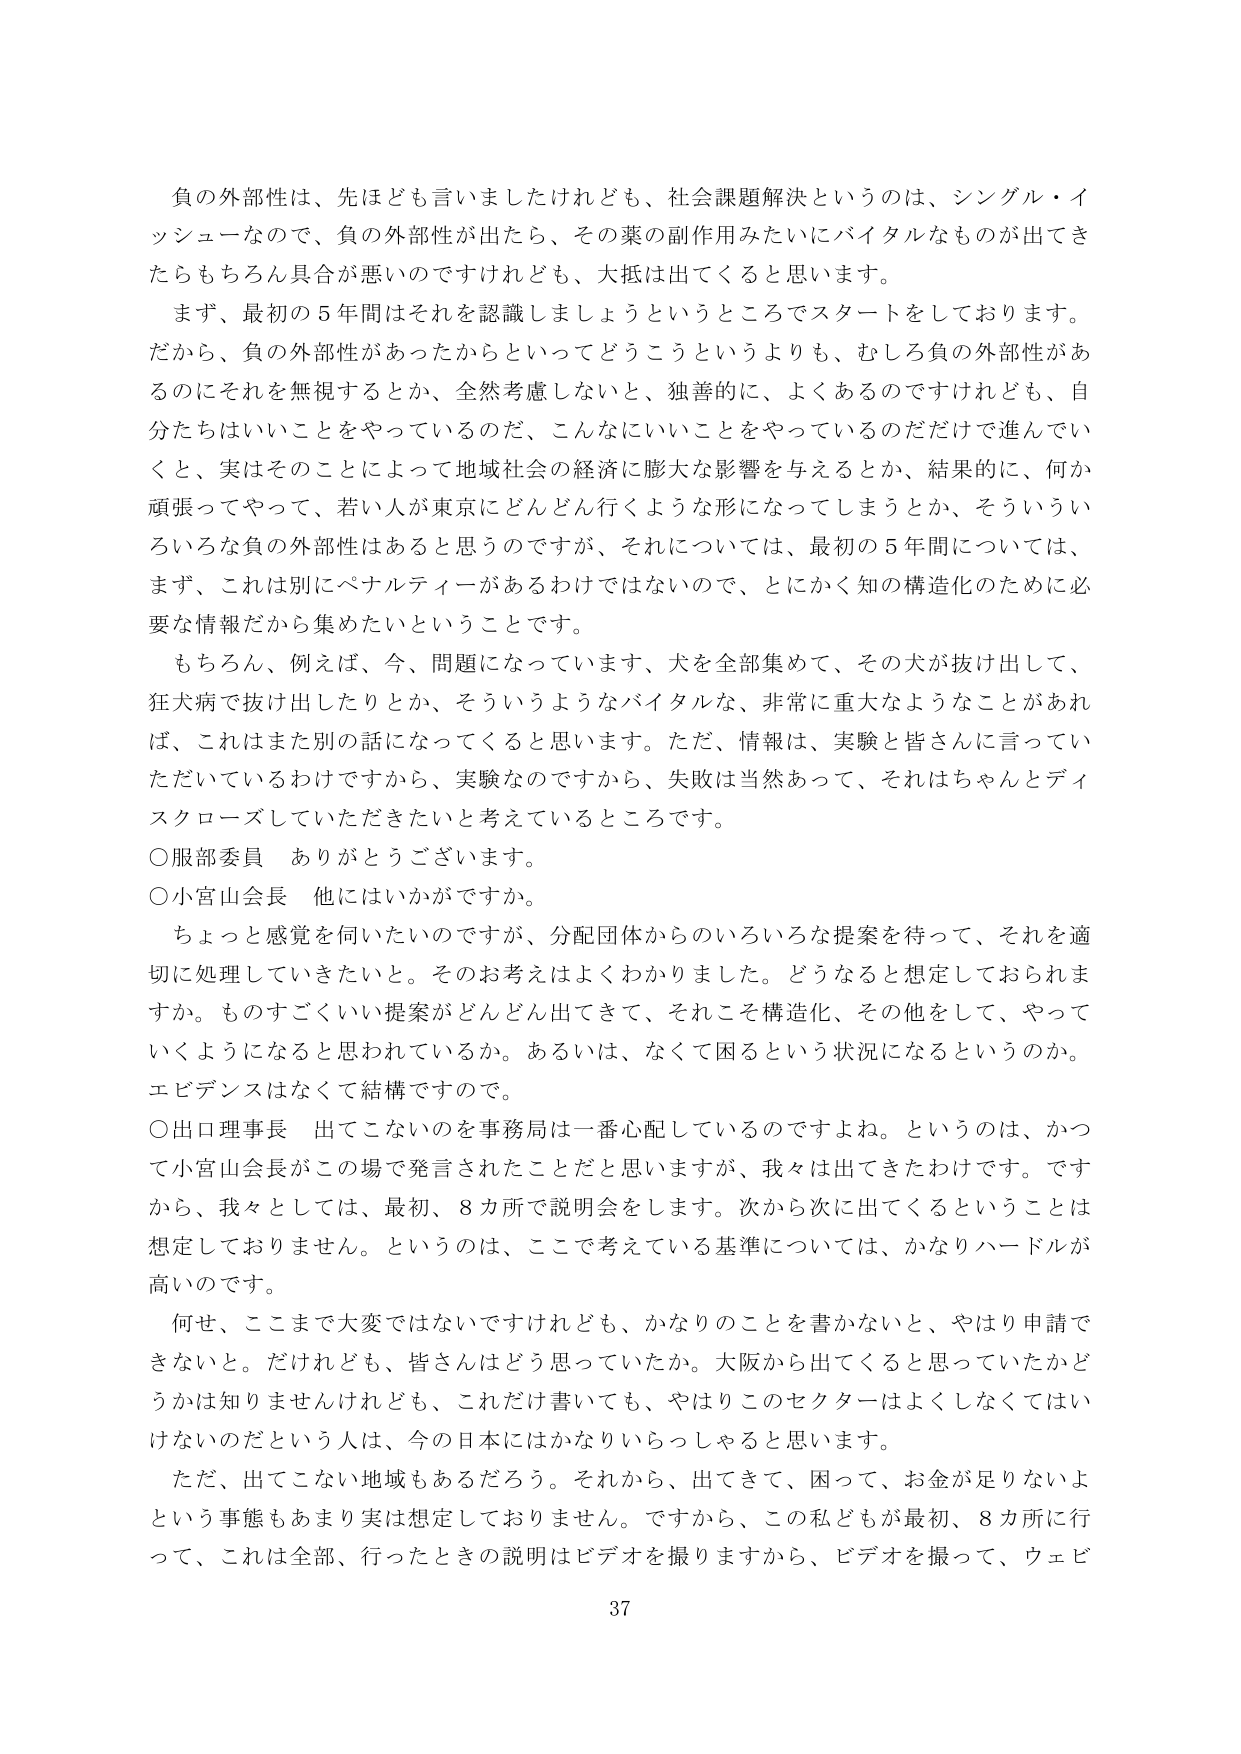
負の外部性は、先ほども言いましたけれども、社会課題解決というのは、シングル・イッシューなので、負の外部性が出たら、その薬の副作用みたいにバイタルなものが出できたらもちろん具合が悪いのですけれども、大抵は出てくると思います。

まず、最初の５年間はそれを認識しましょうというところでスタートをしております。だから、負の外部性があったからといってどうこうというよりも、むしろ負の外部性があるのにそれを無視するとか、全然考慮しないと、独善的に、よくあるのですけれども、自分たちはいいことをやっているのだ、こんなにいいことをやっているのだだけで進んでいくと、実はそのことによって地域社会の経済に膨大な影響を与えるとか、結果的に、何か頑張ってやって、若い人が東京にどんどん行くような形になってしまうとか、そういういろいろな負の外部性はあると思うのですが、それについては、最初の５年間については、まず、これは別にペナルティがあるわけではないので、とにかく知の構造化のために必要な情報だから集めたいということです。

もちろん、例えば、今、問題になっています、犬を全部集めて、その犬が抜け出して、狂犬病で抜け出したりとか、そういうようなバイタルな、非常に重大なようなことがあれば、これはまた別の話になってくると思います。ただ、情報は、実験と皆さんに言っていただいているわけですから、実験なのですから、失敗は当然あって、それはちゃんとディスクローズしていただきたいと考えているところです。

○服部委員　ありがとうございます。

○小宮山会長　他にはいかがですか。

ちょっと感覚を伺いたいのですが、分配団体からのいろいろな提案を待って、それを適切に処理していきたいと。そのお考えはよくわかりました。どうなると想定しておられますか。ものすごくいい提案がどんどん出てきて、それこそ構造化、その他をして、やっていくようになると思われているか。あるいは、なくて困るという状況になるというのか。エビデンスはなくて結構ですので。

○出口理事長　出てこないのを事務局は一番心配しているのですよね。というのは、かつて小宮山会長がこの場で発言されたことだと思いますが、我々は出てきたわけです。ですから、我々としては、最初、８カ所で説明会をします。次から次に出てくるということは想定しておりません。というのは、ここで考えている基準については、かなりハードルが高いのです。

何せ、ここまで大変ではないですけれども、かなりのことを書かないと、やはり申請できないと。だけれども、皆さんはどう思っていたか。大阪から出てくると思っていたかどうかは知りませんけれども、これだけ書いていても、やはりこのセクターはよくしなくてはいけないのだという人は、今の日本にはかなりいらっしゃると思います。

ただ、出てこない地域もあるだろう。それから、出てきて、困って、お金が足りないよという事態もあまり実は想定しておりません。ですから、この私どもが最初、８カ所に行って、これは全部、行ったときの説明はビデオを撮りますから、ビデオを撮って、ウェビ

37